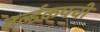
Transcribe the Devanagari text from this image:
वर्ल्डकपची